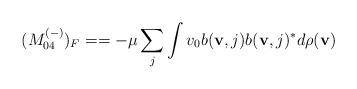
LaTeX: \begin{align*}(M_{04}^{(-)})_F==-\mu\sum_{j}\int\nolimits v_0b({\bf v},j)b({\bf v},j)^*d\rho({\bf v})\end{align*}